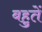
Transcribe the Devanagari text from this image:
बहुतें